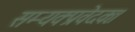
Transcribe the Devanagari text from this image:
सम्यक्प्रवेदकः।